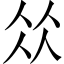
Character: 𠈌